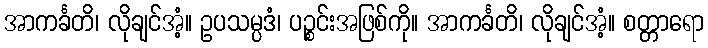
အာကင်္ခတိ၊ လိုချင်အံ့။ ဥပသမ္ပဒံ၊ ပဉ္စင်းအဖြစ်ကို။ အာကင်္ခတိ၊ လိုချင်အံ့။ စတ္တာရော